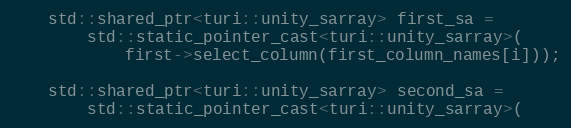
Language: C++
    std::shared_ptr<turi::unity_sarray> first_sa =
        std::static_pointer_cast<turi::unity_sarray>(
            first->select_column(first_column_names[i]));

    std::shared_ptr<turi::unity_sarray> second_sa =
        std::static_pointer_cast<turi::unity_sarray>(